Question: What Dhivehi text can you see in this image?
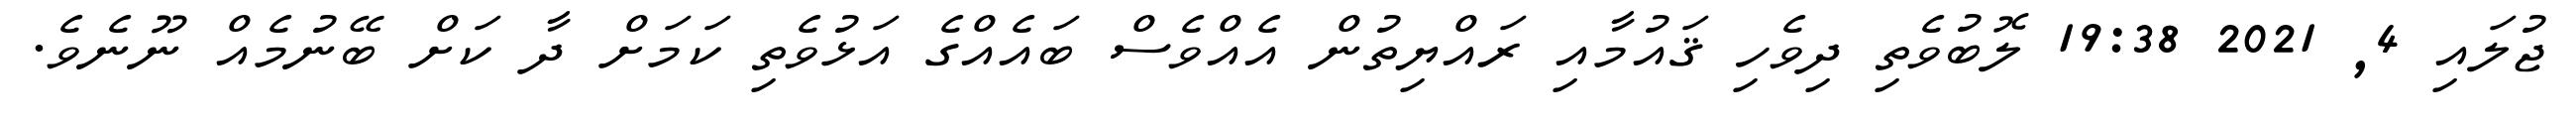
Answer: ޖުލައި 4, 2021 19:38 ލޮބުވެތި ދިވެހި ޤައުމާއި ރައްޔިތުން އެއްވެސް ބައެއްގެ އަޅުވެތި ކަމަށް ދާ ކަށް ބޭނުމެއް ނޫނެވެ.